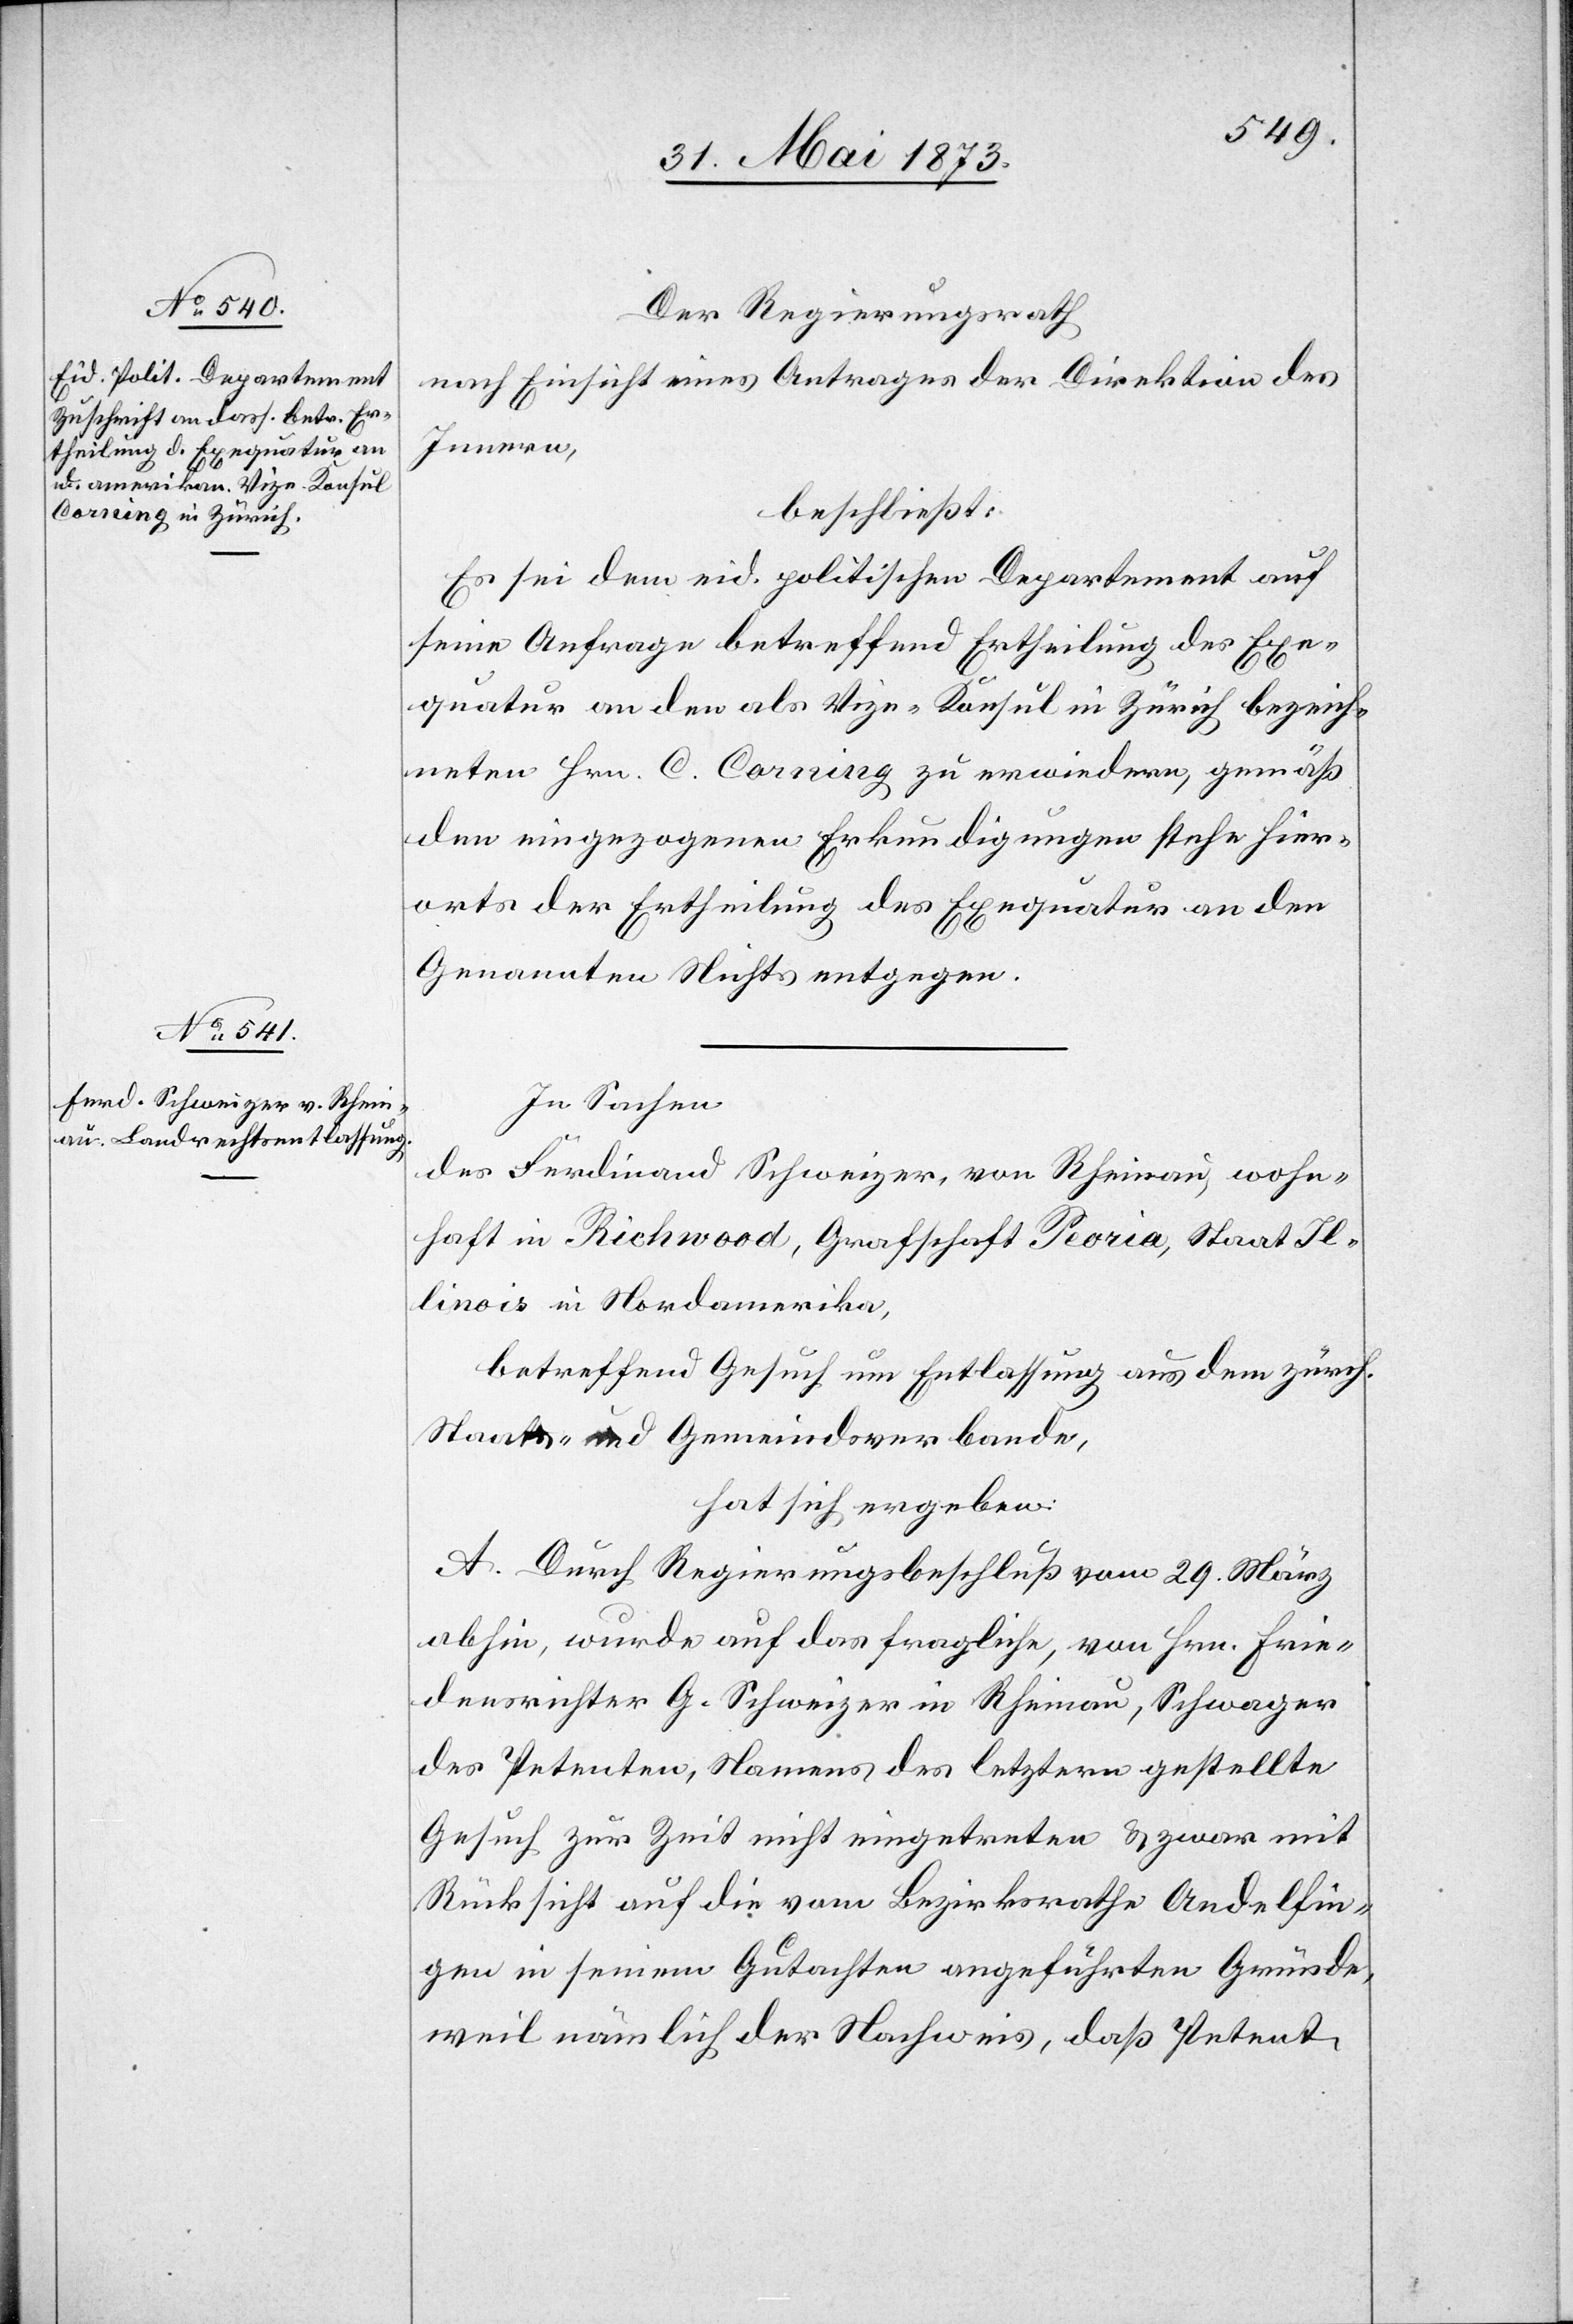
Der Regierungsrath
nach Einsicht eines Antrages der Direktion des
Innern,
beschließt:
Es sei dem eid. politischen Departement auf
seine Anfrage betreffend Ertheilung des Exe¬
quatur an den als Vize-Konsul in Zürich bezeich¬
neten Hr. C. Corning zu erwiedern, gemäß
den eingezogenen Erkundigungen stehe hier¬
orts der Ertheilung des Exequatur an den
Genannten Nichts entgegen.
In Sachen
des Ferdinand Schweizer, von Rheinau, wohn¬
haft in Richwood, Grafschaft Peoria, Staat Il¬
linois in Nordamerika,
betreffend Gesuch um Entlassung aus dem zürch.
Staats- und Gemeindsverbande,
hat sich ergeben:
A. Durch Regierungsbeschluß vom 29. März
abhin, wurde auf das fragliche, von Hrn. Frie¬
densrichter G. Schweizer in Rheinau, Schwager
des Petenten, Namens des letztern gestellte
Gesuch zur Zeit nicht eingetreten & zwar mit
Rücksicht auf die vom Bezirksrathe Andelfin¬
gen in seinem Gutachten angeführten Gründe,
weil nämlich der Nachweis, daß Petent